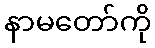
နာမတော်ကို